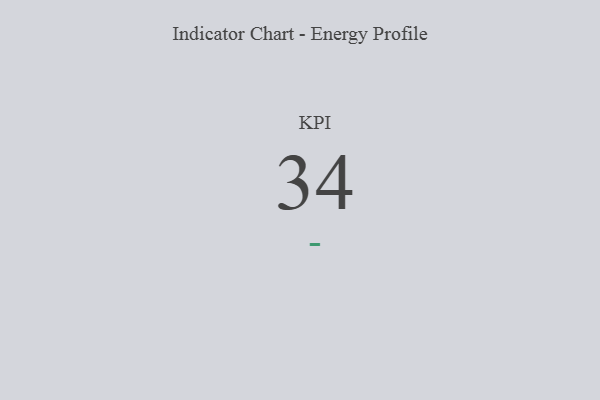
{"axis": {"x": "KPI", "y": "Value"}, "legend": [""], "data": [{"x": "KPI", "y": 34, "type": ""}]}